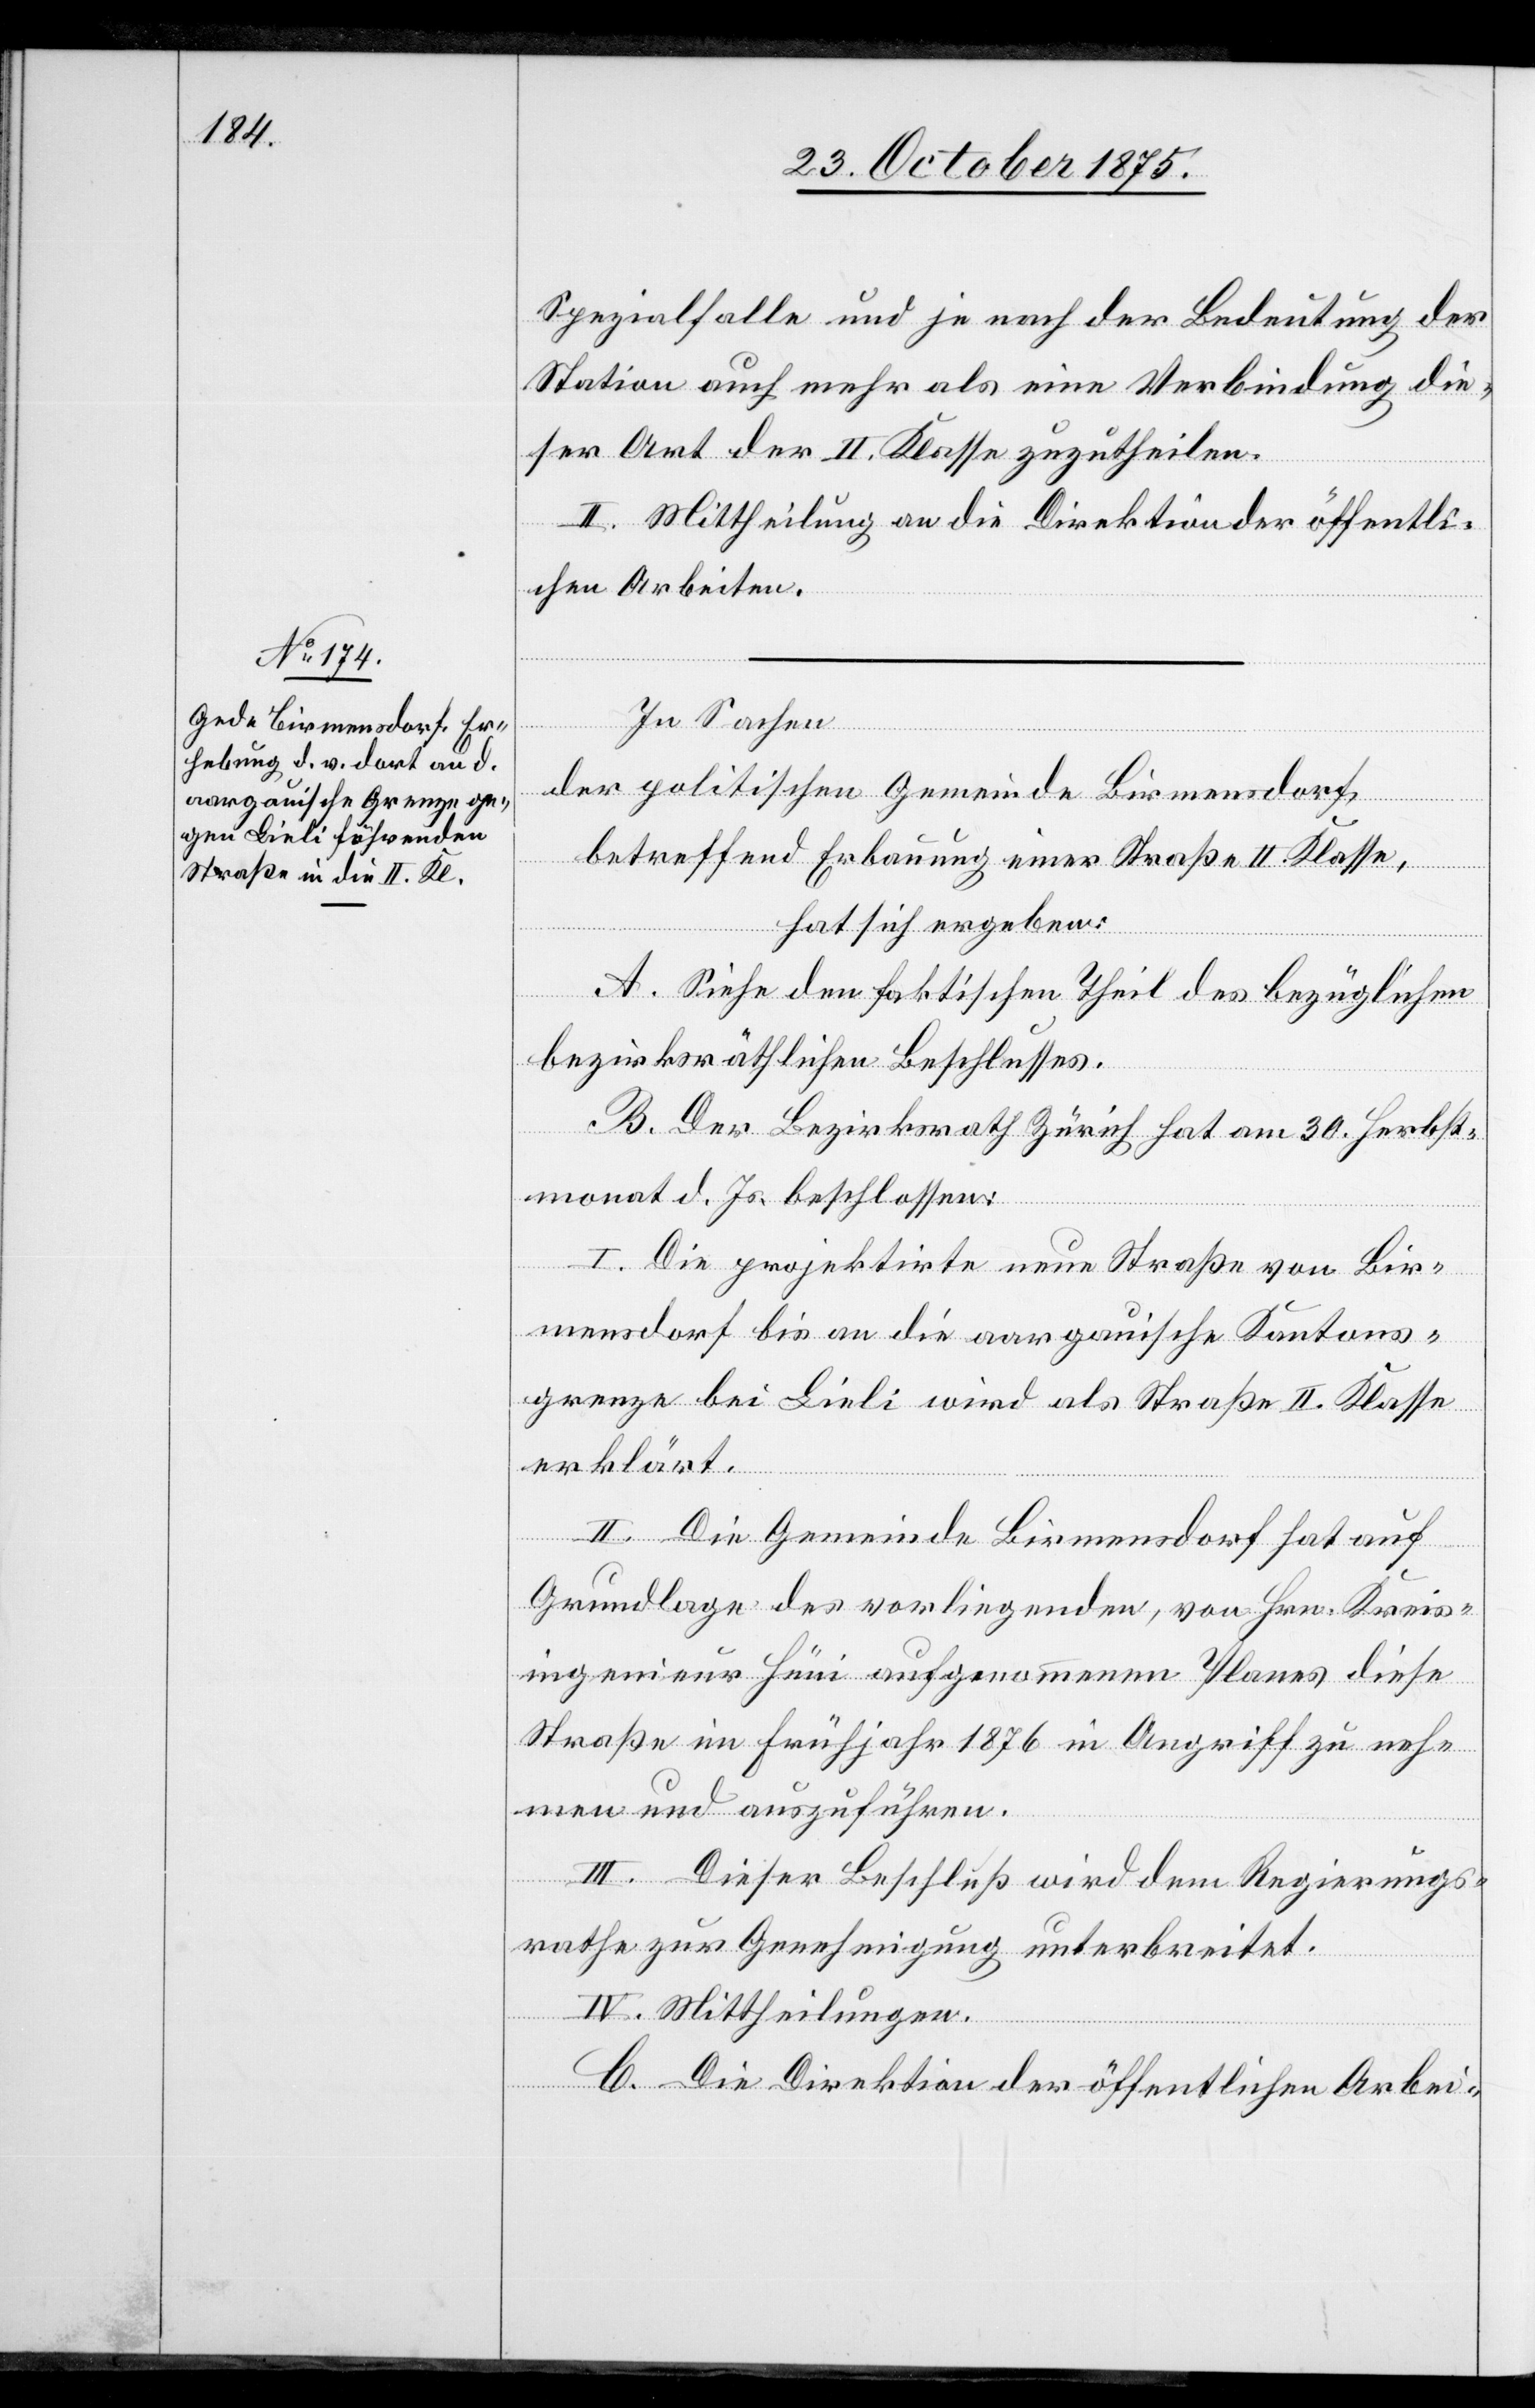
Spezialfalle und je nach der Bedeutung der
Station auch mehr als eine Verbindung die¬
ser Art der II. Klasse zuzutheilen.
II. Mittheilung an die Direktion der öffentli¬
chen Arbeiten.
In Sachen
der politischen Gemeinde Birmensdorf,
betreffend Erbauung einer Straße II. Klasse,
hat sich ergeben:
A. Siehe den faktischen Theil des bezüglichen
bezirksräthlichen Beschlusses.
B. Der Bezirksrath Zürich hat am 30. Herbst¬
monat d. Js. beschlossen:
I. Die projektirte neue Straße von Bir¬
mensdorf bis an die aargauische Kantons¬
grenze bei Lieli wird als Straße II. Klasse
erklärt.
II. Die Gemeinde Birmensdorf hat auf
Grundlage des vorliegenden, von Hrn. Kreis¬
ingenieur Hüni aufgenommenen Planes diese
Straße im Frühjahr 1876 in Angriff zu neh¬
men und auszuführen.
III. Dieser Beschluß wird dem Regierungs¬
rathe zur Genehmigung unterbreitet.
IV. Mittheilungen.
C. Die Direktion der öffentlichen Arbei-